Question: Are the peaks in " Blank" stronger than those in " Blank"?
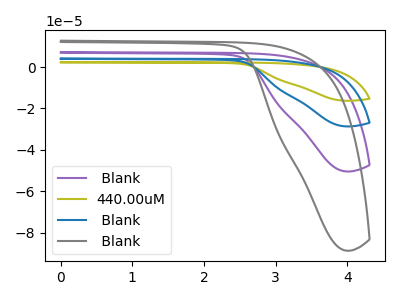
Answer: <think>The purple curve " Blank" has no peaks. The olive curve "440.00uM" has no peaks. The blue curve " Blank" has no peaks. The gray curve " Blank" has no peaks.</think>
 <answer>Niether CV has any peaks.</answer>
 <eval>blanks</eval>